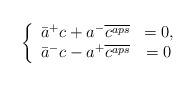
LaTeX: \begin{align*}\left\{\begin{array}{cc}\bar{a}^+c+a^-\overline{c^{aps}}&=0,\\\bar{a}^-c-a^+\overline{c^{aps}}&=0\end{array}\right.\end{align*}